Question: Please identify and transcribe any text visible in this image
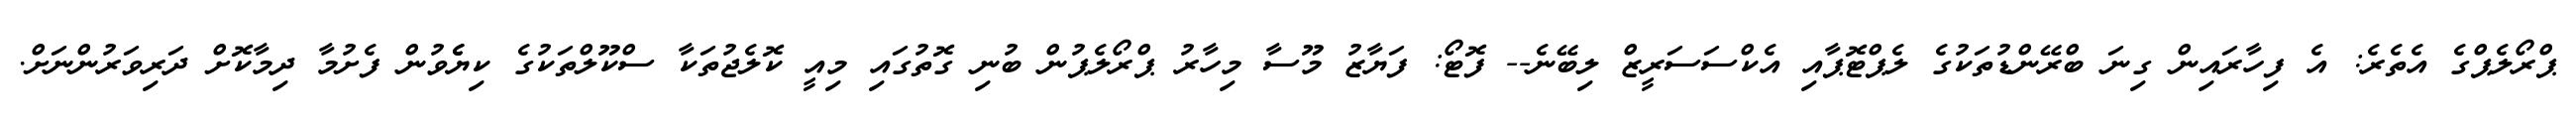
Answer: ޕްރޯލެޕްގެ އެތެރެ: އެ ފިހާރައިން ގިނަ ބްރޭންޑުތަކުގެ ލެޕްޓޮޕާއި އެކްސަސަރީޒް ލިބޭނެ-- ފޮޓޯ: ފަޔާޒު މޫސާ މިހާރު ޕްރޯލެޕުން ބުނި ގޮތުގައި މިއީ ކޮލެޖުތަކާ ސްކޫލްތަކުގެ ކިޔެެވުން ފެށުމާ ދިމާކޮށް ދަރިވަރުންނަށް.